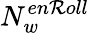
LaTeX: N_{w}^{en\mathcal{R}oll}